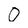
Character: 0